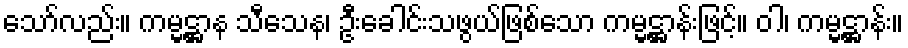
သော်လည်း။ ကမ္မဋ္ဌာန သီသေန၊ ဦးခေါင်းသဖွယ်ဖြစ်သော ကမ္မဋ္ဌာန်းဖြင့်။ ဝါ၊ ကမ္မဋ္ဌာန်း။